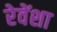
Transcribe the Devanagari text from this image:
रेवेंशा